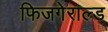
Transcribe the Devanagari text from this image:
फिजगेराल्ड